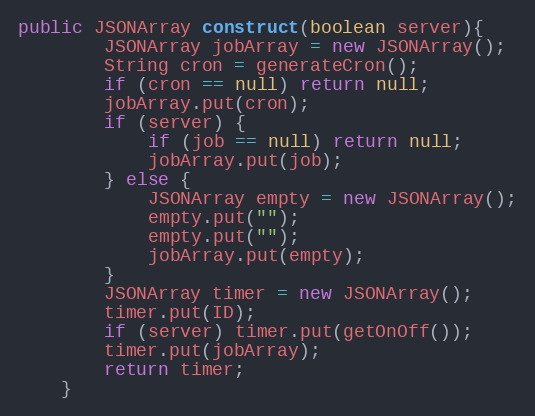
Language: Java
public JSONArray construct(boolean server){
        JSONArray jobArray = new JSONArray();
        String cron = generateCron();
        if (cron == null) return null;
        jobArray.put(cron);
        if (server) {
            if (job == null) return null;
            jobArray.put(job);
        } else {
            JSONArray empty = new JSONArray();
            empty.put("");
            empty.put("");
            jobArray.put(empty);
        }
        JSONArray timer = new JSONArray();
        timer.put(ID);
        if (server) timer.put(getOnOff());
        timer.put(jobArray);
        return timer;
    }